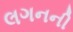
લગનની